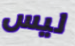
ليس